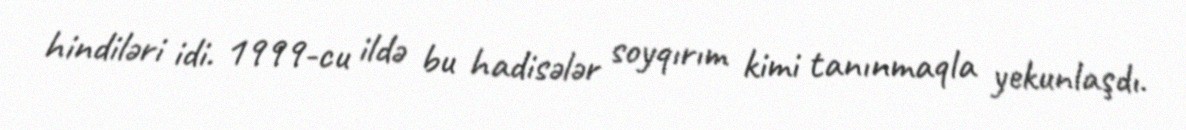
hindiləri idi. 1999-cu ildə bu hadisələr soyqırım kimi tanınmaqla yekunlaşdı.